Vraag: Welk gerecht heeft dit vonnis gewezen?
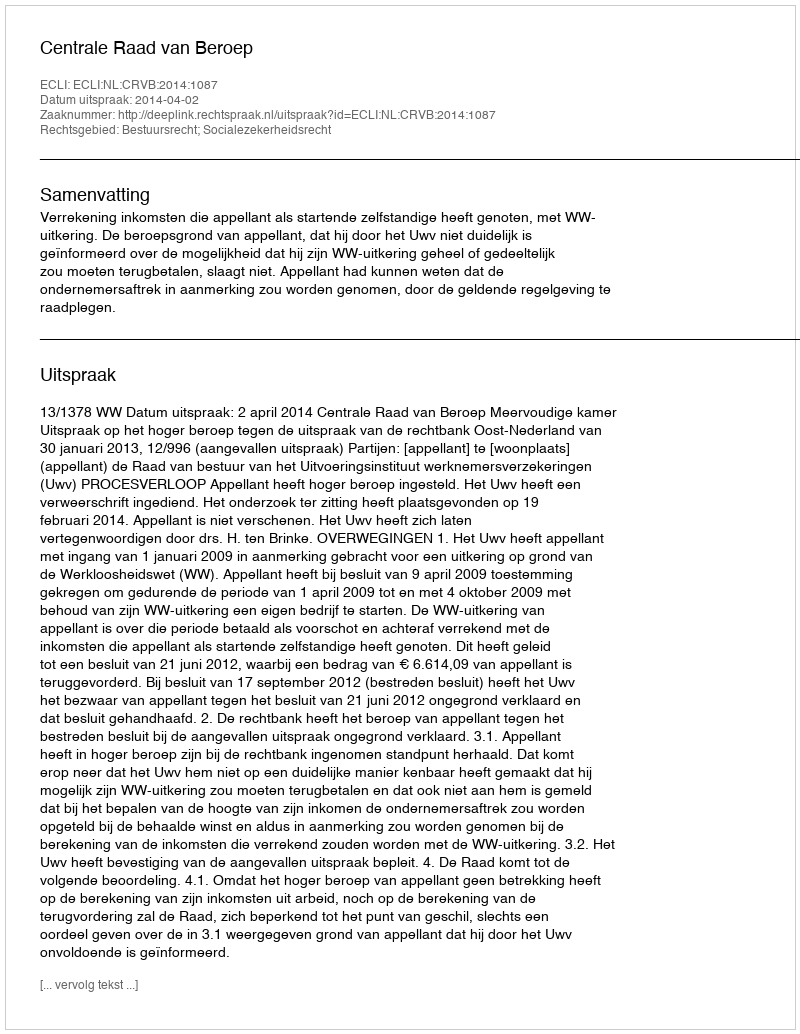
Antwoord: Centrale Raad van Beroep